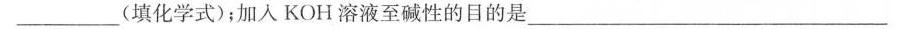
___(填化学式)；加入KOH溶液至碱性的目的是___